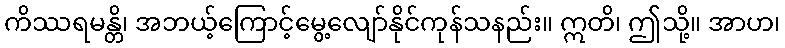
ကိဿရမန္တိ၊ အဘယ့်ကြောင့်မွေ့လျော်နိုင်ကုန်သနည်း။ ဣတိ၊ ဤသို့။ အာဟ၊